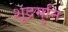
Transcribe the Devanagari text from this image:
शूद्रमुनि